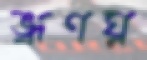
ভ্রূণঘ্ন